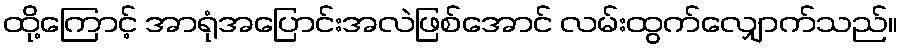
ထို့ကြောင့် အာရုံအပြောင်းအလဲဖြစ်အောင် လမ်းထွက်လျှောက်သည်။